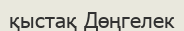
қыстақ Дөңгелек